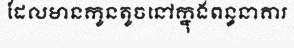
ដែលមានកូនតូចនៅក្នុងពន្ធនាគារ